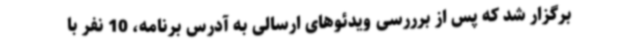
برگزار شد که پس از برررسی ویدئوهای ارسالی به آدرس برنامه، 10 نفر با